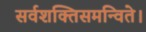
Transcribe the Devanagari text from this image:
सर्वशक्तिसमन्विते।